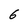
Character: 6